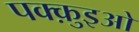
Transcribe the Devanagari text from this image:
पक्क़ुइओ